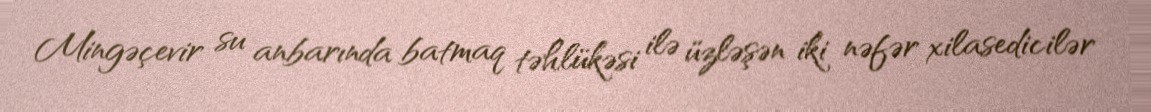
Mingəçevir su anbarında batmaq təhlükəsi ilə üzləşən iki nəfər xilasedicilər